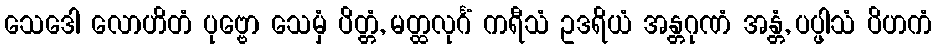
သေဒေါ လောဟိတံ ပုဗ္ဗော သေမှံ ပိတ္တံ, မတ္ထလုင်္ဂံ ကရီသံ ဥဒရိယံ အန္တဂုဏံ အန္တံ, ပပ္ဖါသံ ပိဟကံ